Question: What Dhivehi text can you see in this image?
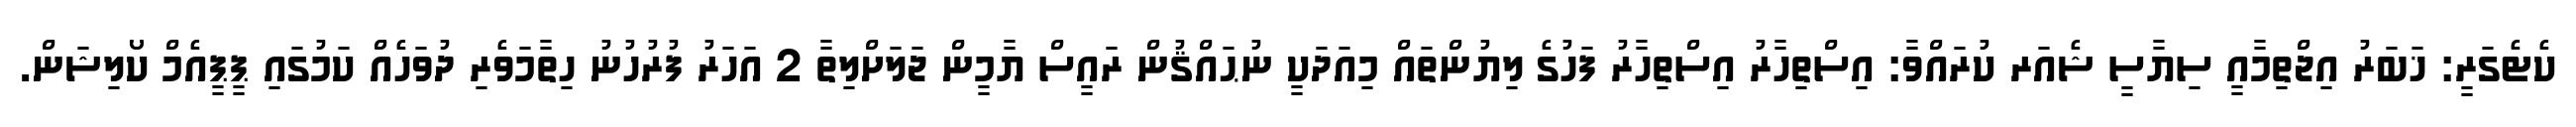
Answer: ކެޓެގަރީ: ޚަބަރު އިޖްތިމާއީ ސިޔާސީ ޝެއަރ ކުރައްވާ: އިސްތިހާރު އިސްތިހާރު ފަހުގެ ލިޔުންތައް މިއަދަކީ ނުޙައްޤުން ރައީސް ޔާމީން ޖަލަށްލިތާ 2 އަހަރު ފުރުހުނު ހިތާމަވެރި ދުވަހެއް ކަމުގައި ޕީޕީއެމް ކޯލިޝަން.